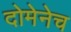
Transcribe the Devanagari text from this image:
दोमेनेच